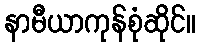
နာမီယာကုန်စုံဆိုင်။